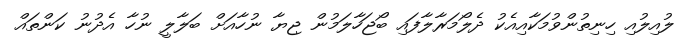
ލުއިލުއި ހިނިތުންވުމަކާއިއެކު ދެލޯމަރާލާފައި ބޯޖަހާލަމުން ޖިޔާ ނުހާއަށް ބަލާލީ ނުހާ އެދުނު ކަންތައް